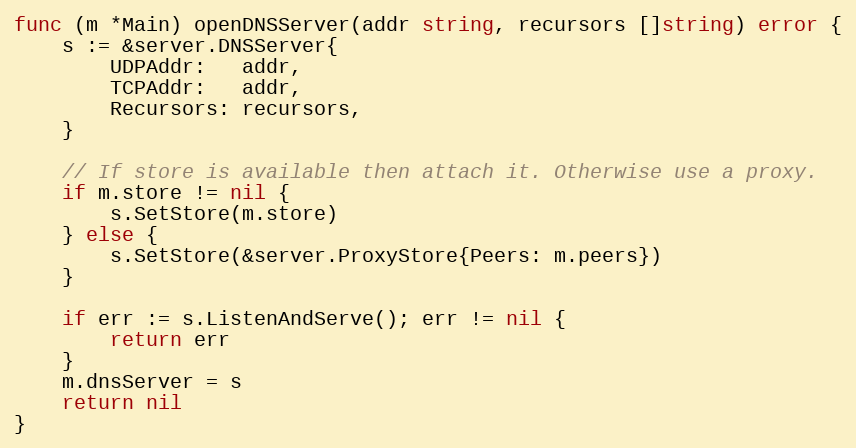
Language: Go
func (m *Main) openDNSServer(addr string, recursors []string) error {
	s := &server.DNSServer{
		UDPAddr:   addr,
		TCPAddr:   addr,
		Recursors: recursors,
	}

	// If store is available then attach it. Otherwise use a proxy.
	if m.store != nil {
		s.SetStore(m.store)
	} else {
		s.SetStore(&server.ProxyStore{Peers: m.peers})
	}

	if err := s.ListenAndServe(); err != nil {
		return err
	}
	m.dnsServer = s
	return nil
}